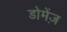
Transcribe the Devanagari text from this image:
डोमेंज़